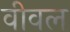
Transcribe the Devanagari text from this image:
वीवल